Plague in India, 1896, 1897 - Volume 2
Year: 1896
Disease focus: Plague
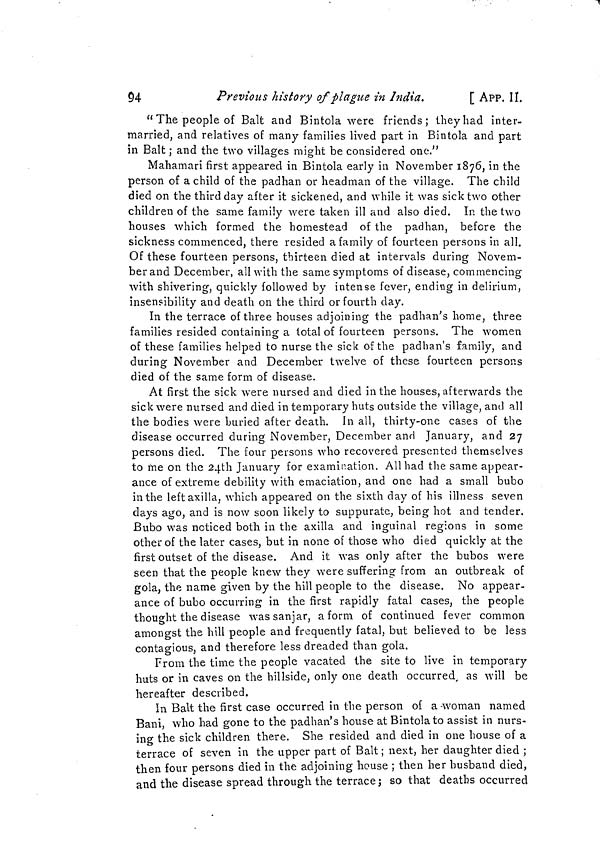
94
Previous history of plague in India.
[ APP. II.
"The people of Balt and Bintola were friends; they had inter-
married, and relatives of many families lived part in Bintola and part
in Balt ; and the two villages might be considered one."
Mahamari first appeared in Bintola early in November 1876, in the
person of a child of the padhan or headman of the village. The child
died on the third day after it sickened, and while it was sick two other
children of the same family were taken ill and also died. In the two
houses which formed the homestead of the padhan, before the
sickness commenced, there resided a family of fourteen persons in all.
Of these fourteen persons, thirteen died at intervals during Novem-
ber and December, all with the same symptoms of disease, commencing
with shivering, quickly followed by intense fever, ending in delirium,
insensibility and death on the third or fourth day.
In the terrace of three houses adjoining the padhan's home, three
families resided containing a total of fourteen persons. The women
of these families helped to nurse the sick of the padhan's family, and
during November and December twelve of these fourteen persons
died of the same form of disease.
At first the sick were nursed and died in the houses, afterwards the
sick were nursed and died in temporary huts outside the village, and all
the bodies were buried after death. In all, thirty-one cases of the
disease occurred during November, December and January, and 27
persons died. The four persons who recovered presented themselves
to me on the 24th January for examination. All had the same appear-
ance of extreme debility with emaciation, and one had a small bubo
in the left axilla, which appeared on the sixth clay of his illness seven
clays ago, and is now soon likely to suppurate, being hot and tender.
Bubo was noticed both in the axilla and inguinal regions in some
other of the later cases, but in none of those who died quickly at the
first outset of the disease. And it was only after the bubos were
seen that the people knew they were suffering from an outbreak of
gola, the name given by the hill people to the disease. No appear-
ance of bubo occurring in the first rapidly fatal cases, the people
thought the disease was sanjar, a form of continued fever common
amongst the hill people and frequently fatal, but believed to be less
contagious, and therefore less dreaded than gola.
From the time the people vacated the site to live in temporary
huts or in caves on the hillside, only one death occurred, as will be
hereafter described.
In Balt the first case occurred in the person of a -woman named
Bani, who had gone to the padhan's house at Bintola to assist in nurs-
ing the sick children there. She resided and died in one house of a
terrace of seven in the upper part of Balt ; next, her daughter died ;
then four persons died in the adjoining house ; then her husband died,
and the disease spread through the terrace; so that deaths occurred